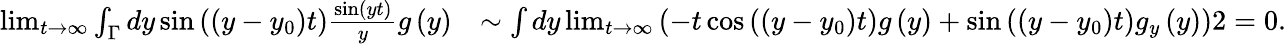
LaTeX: \begin{array}{rl}{\operatorname*{lim}_{t\rightarrow\infty}\int_{\Gamma}dy\sin\left(\left(y-y_{0}\right)t\right)\frac{\sin\left(yt\right)}{y}g\left(y\right)}&{\sim\int dy\operatorname*{lim}_{t\rightarrow\infty}\left(-t\cos\left(\left(y-y_{0}\right)t\right)g\left(y\right)+\sin\left(\left(y-y_{0}\right)t\right)g_{y}\left(y\right)\right)2=0.}\end{array}